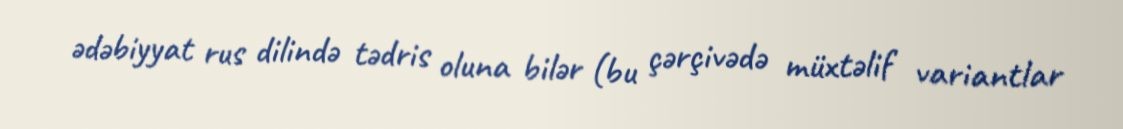
ədəbiyyat rus dilində tədris oluna bilər (bu çərçivədə müxtəlif variantlar